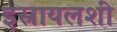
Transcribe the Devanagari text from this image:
इस्रायलशी